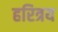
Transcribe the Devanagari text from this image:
हरित्रय